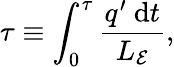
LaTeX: \tau\equiv\int_{0}^{\tau}\frac{q^{\prime}\mathrm{~d}t}{L_{\mathcal{E}}},